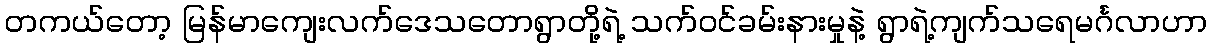
တကယ်တော့ မြန်မာကျေးလက်ဒေသတောရွာတို့ရဲ့ သက်ဝင်ခမ်းနားမှုနဲ့ ရွာရဲ့ကျက်သရေမင်္ဂလာဟာ